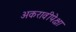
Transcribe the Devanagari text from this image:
अकरावीपेक्षा